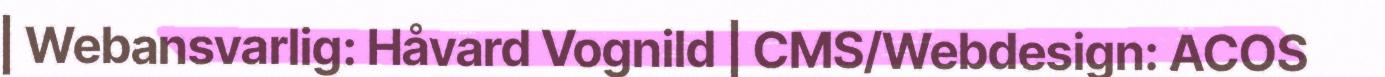
| Webansvarlig: Håvard Vognild | CMS/Webdesign: ACOS